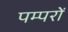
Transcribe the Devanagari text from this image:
पम्परों